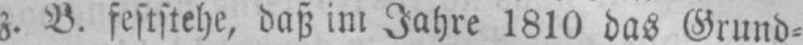
z. B. feststehe, daß im Jahre 1810 das Grund⸗